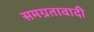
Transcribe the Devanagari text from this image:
समग्रतावादी